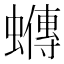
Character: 𧓆